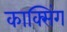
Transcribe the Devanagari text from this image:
काक्सिंग